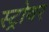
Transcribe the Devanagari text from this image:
स्ट्रोवर